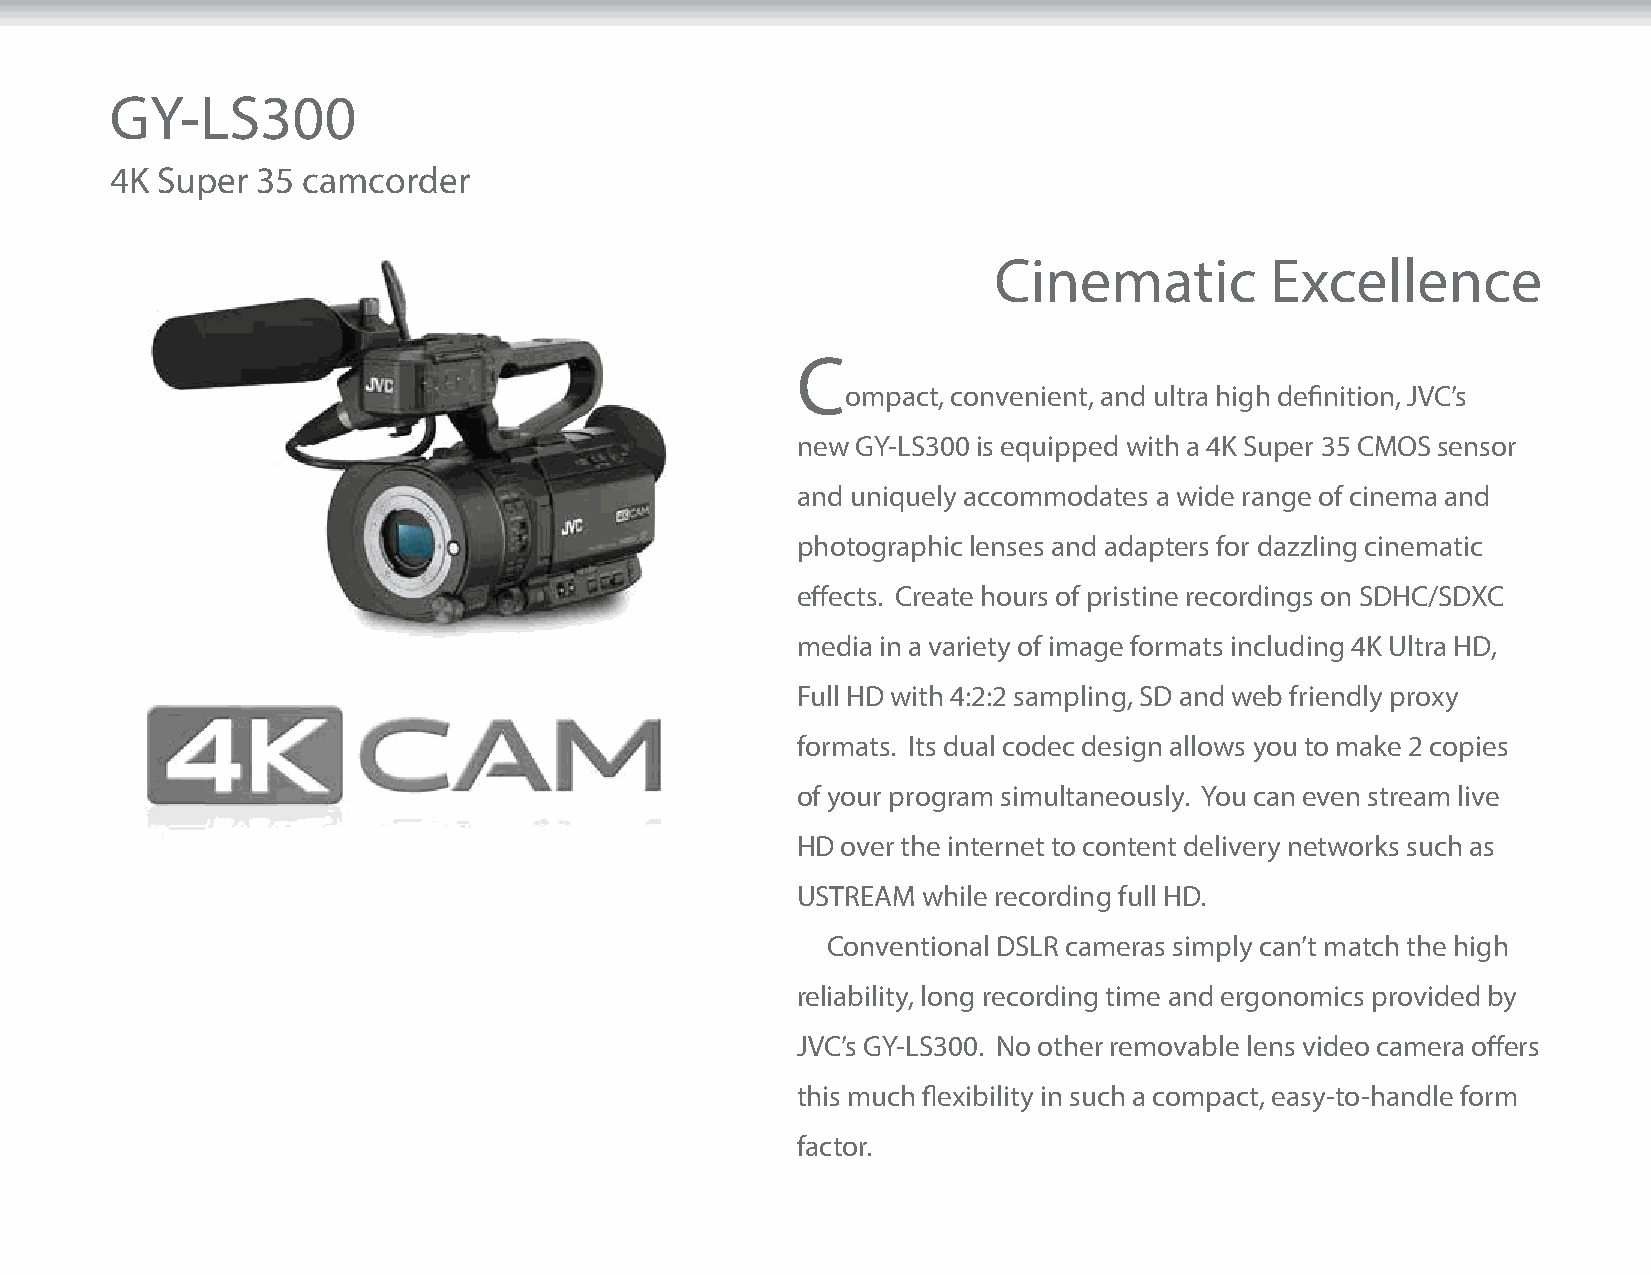
GY-LS300
 4K Super  35 camcorder
 Cinematic         Excellence
 C
 ompact, convenient, and ultra high definition, JVC’s
 new GY-LS300 is equipped with a 4K Super 35 CMOS sensor
 and uniquely accommodates a wide range of cinema and
 photographic lenses and adapters for dazzling cinematic
 effects. Create hours of pristine recordings on SDHC/SDXC
 media in a variety of image formats including 4K Ultra HD,
 Full HD with 4:2:2 sampling, SD and web friendly proxy
 formats. Its dual codec design allows you to make 2 copies
 of your program simultaneously. You can even stream live
 HD over the internet to content delivery networks such as
 USTREAM while recording full HD.
 Conventional DSLR cameras simply can’t match the high
 reliability, long recording time and ergonomics provided by
 JVC’s GY-LS300. No other removable lens video camera offers
 this much flexibility in such a compact, easy-to-handle form
 factor.